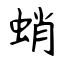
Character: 蛸